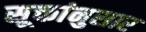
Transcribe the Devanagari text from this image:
सूक्तांनुसार